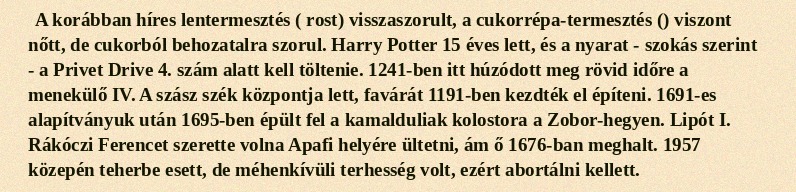
A korábban híres lentermesztés ( rost) visszaszorult, a cukorrépa-termesztés () viszont nőtt, de cukorból behozatalra szorul. Harry Potter 15 éves lett, és a nyarat - szokás szerint - a Privet Drive 4. szám alatt kell töltenie. 1241-ben itt húzódott meg rövid időre a menekülő IV. A szász szék központja lett, favárát 1191-ben kezdték el építeni. 1691-es alapítványuk után 1695-ben épült fel a kamalduliak kolostora a Zobor-hegyen. Lipót I. Rákóczi Ferencet szerette volna Apafi helyére ültetni, ám ő 1676-ban meghalt. 1957 közepén teherbe esett, de méhenkívüli terhesség volt, ezért abortálni kellett.